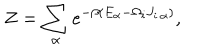
LaTeX: Z = \sum _ { \alpha } e ^ { - \beta ( E _ { \alpha } - \Omega _ { i } J _ { i \, \alpha } ) } ,